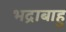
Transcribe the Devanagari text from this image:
भद्राबाहु